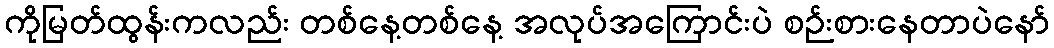
ကိုမြတ်ထွန်းကလည်း တစ်နေ့တစ်နေ့ အလုပ်အကြောင်းပဲ စဉ်းစားနေတာပဲနော်